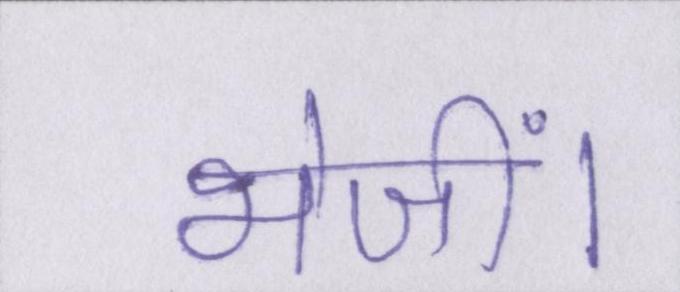
भेजीं।